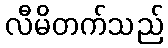
လီမိတက်သည်